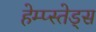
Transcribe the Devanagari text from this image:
हेम्प्स्तेड्स